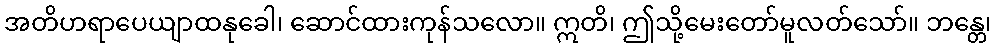
အတိဟရာပေယျာထနုခေါ၊ ဆောင်ထားကုန်သလော။ ဣတိ၊ ဤသို့မေးတော်မူလတ်သော်။ ဘန္တေ၊